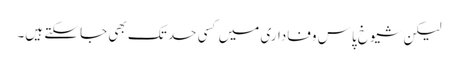
لیکن شیوخ پاسِ وفاداری میں کسی حد تک بھی جا سکتے ہیں۔